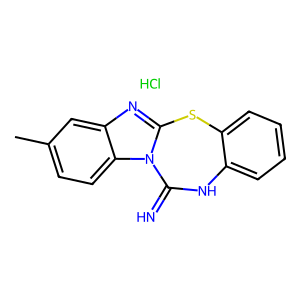
SMILES: Cc1ccc2c(c1)nc1n2C(=N)Nc2ccccc2S1.Cl
Inhibits HIV replication: No